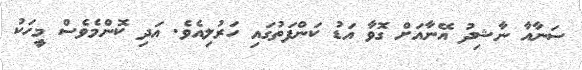
ސަނާއާ ނާޝިދު އޭނާއަށް ގޮވާ އަޑު ކަންފަތުގައި ހަރުލިއެވެ. އަދި ކޮންމެވެސް މީހަކު